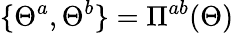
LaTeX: \{ \Theta^{a},\Theta^{b}\} =\Pi^{ab}(\Theta)